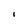
Character: I